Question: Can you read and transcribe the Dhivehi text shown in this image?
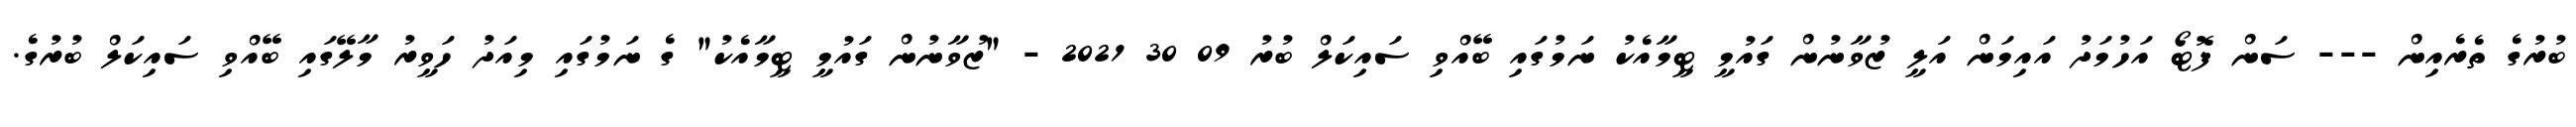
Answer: ބުރުގެ ތެރެއިން --- ސަން ފޮޓޯ އަހުމަދު އައިމަން އަލީ ޒުވާނުން ގައުމީ ޓީމާއެކު ނަމުގައި ބޭއްވި ސައިކަލް ބުރު 09 30 2021 - "ޒުވާނުން ގައުމީ ޓީމާއެކު" ގެ ނަމުގައި މިއަދު ހަވީރު މާލޭގައި ބޭއްވި ސައިކަލް ބުރުގެ.